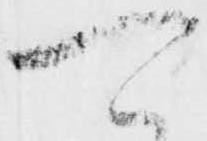
可